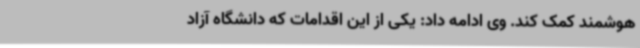
هوشمند کمک کند. وی ادامه داد: یکی از این اقدامات که دانشگاه آزاد